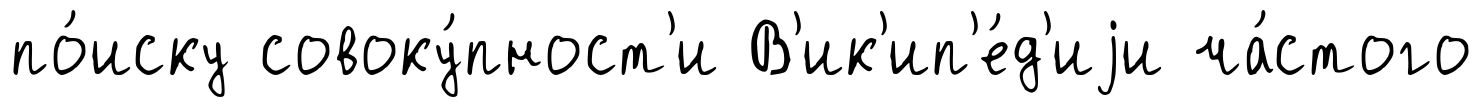
по́иску совоку́пност'и В'ик'ип'е́д'иjи ча́стого